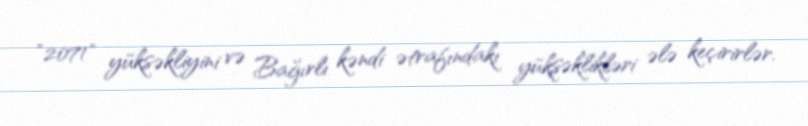
"2071" yüksəkliyini və Bağırlı kəndi ətrafındakı yüksəklikləri ələ keçirirlər.